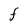
Character: F